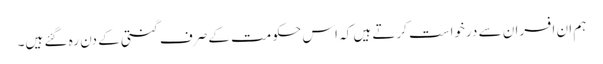
ہم ان افسران سے درخواست کرتے ہیں کہ اس حکومت کے صرف گنتی کے دن رہ گئے ہیں۔